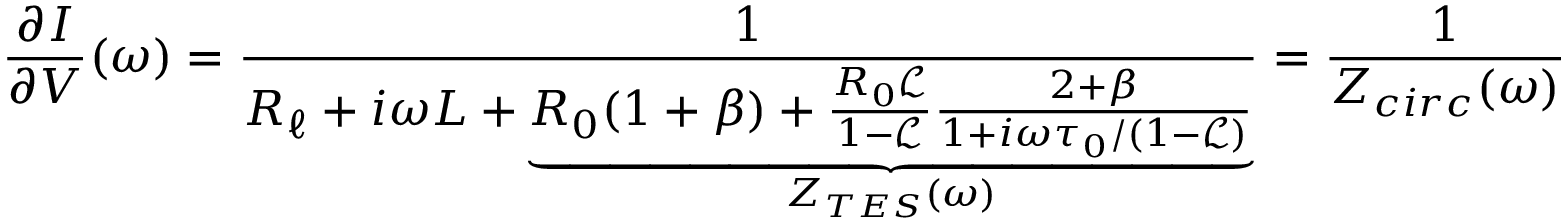
\frac { \partial I } { \partial V } ( \omega ) = \frac { 1 } { R _ { \ell } + i \omega L + \underbrace { R _ { 0 } ( 1 + \beta ) + \frac { R _ { 0 } \mathscr { L } } { 1 - \mathscr { L } } \frac { 2 + \beta } { 1 + i \omega \tau _ { 0 } / ( 1 - \mathscr { L } ) } } _ { Z _ { T E S } ( \omega ) } } = \frac { 1 } { Z _ { c i r c } ( \omega ) }